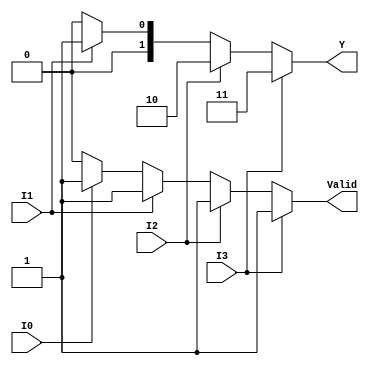
module priority_encoder_4to2 (
    input wire I0,
    input wire I1,
    input wire I2,
    input wire I3,
    output reg [1:0] Y,  // 2-bit output
    output reg Valid      // Valid output
);

always @(*) begin
    // Default values
    Y = 2'b00;  // Default output
    Valid = 1'b0;  // Default valid output

    // Check for the highest priority active input
    if (I3) begin
        Y = 2'b11;  // Output for I3
        Valid = 1'b1;  // At least one input is active
    end else if (I2) begin
        Y = 2'b10;  // Output for I2
        Valid = 1'b1;
    end else if (I1) begin
        Y = 2'b01;  // Output for I1
        Valid = 1'b1;
    end else if (I0) begin
        Y = 2'b00;  // Output for I0 (remains 00)
        Valid = 1'b1;
    end else begin
        Y = 2'b00;  // Output remains 00 if no inputs are active
        Valid = 1'b0;  // No valid input
    end
end

endmodule